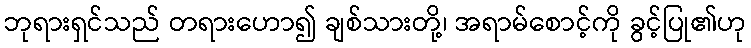
ဘုရားရှင်သည် တရားဟော၍ ချစ်သားတို့၊ အရာမ်စောင့်ကို ခွင့်ပြု၏ဟု